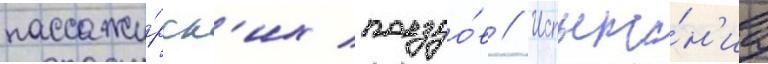
пассажи́рск'их поездо́в // Испыта́н'иа